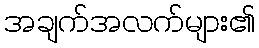
အချက်အလက်များ၏